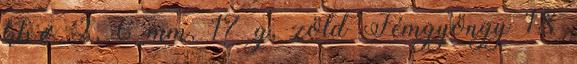
kb.ø 2, 6 mm, 17 g, zöld Fémgyöngy 18